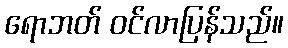
ရောဘတ် ဝင်လာပြန်သည်။